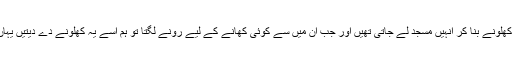
ہم ان کے لیے اون کے رنگین کھلونے بنا کر انہیں مسجد لے جاتی تھیں اور جب ان میں سے کوئی کھانے کے لیے رونے لگتا تو ہم اسے یہ کھلونے دے دیتیں یہاں تک کہ افطار کا وقت ہو جاتا۔